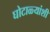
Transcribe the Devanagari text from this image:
घोटाळ्यांशी